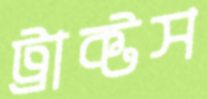
ট্রাক্টস